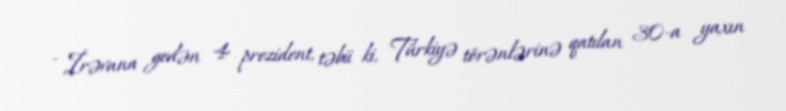
- İrəvana gedən 4 prezident, təbii ki, Türkiyə törənlərinə qatılan 30-a yaxın